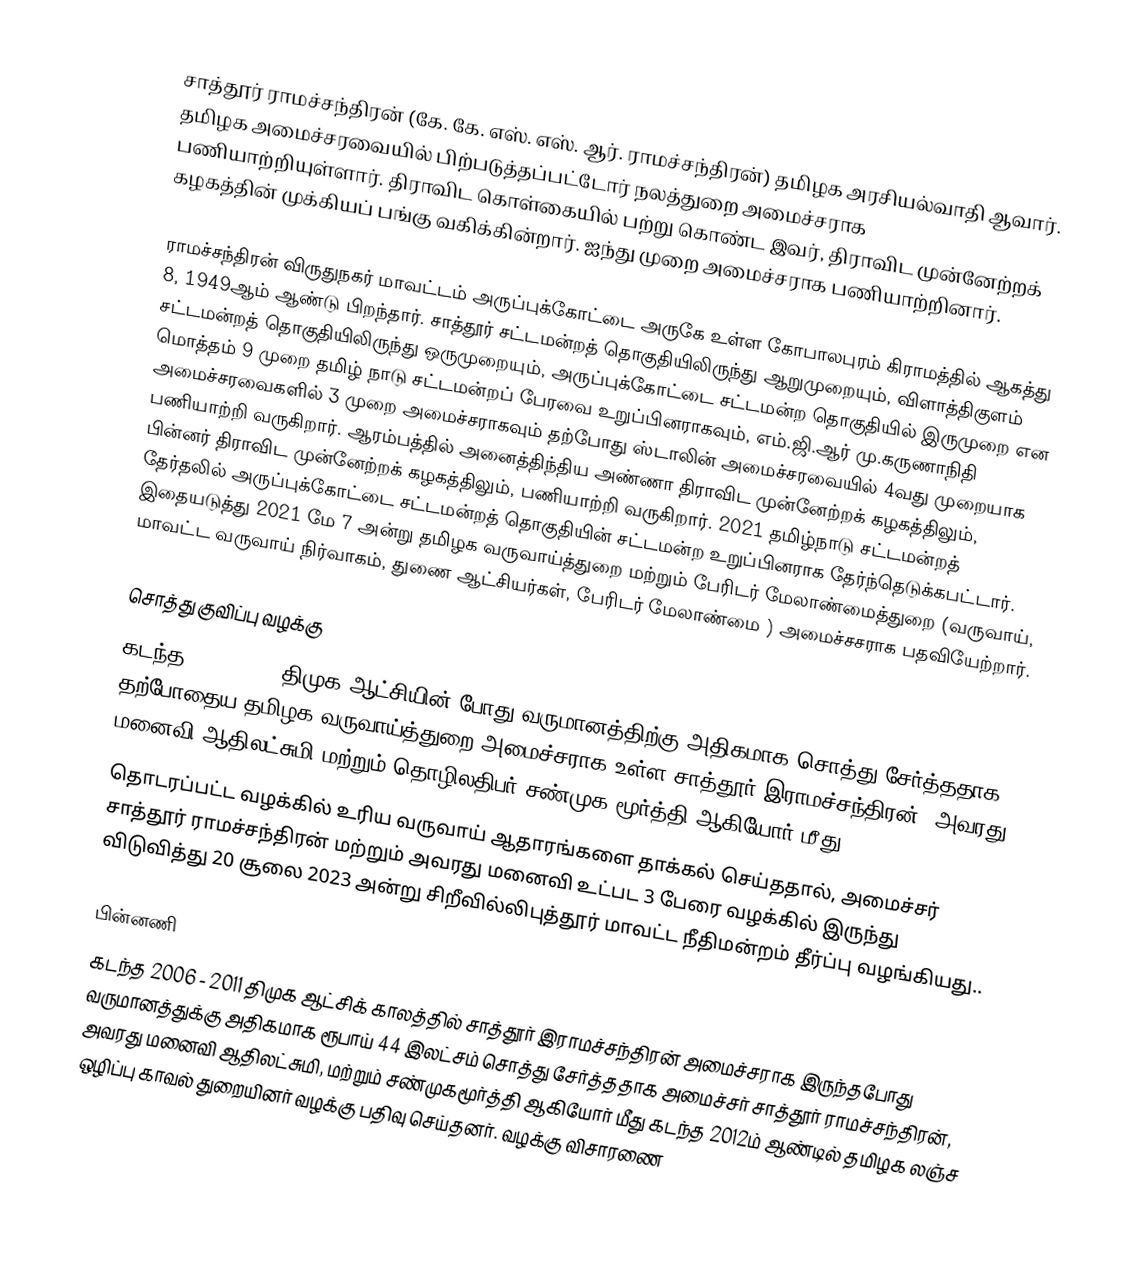
சாத்தூர் ராமச்சந்திரன் (கே. கே. எஸ். எஸ். ஆர். ராமச்சந்திரன்) தமிழக அரசியல்வாதி ஆவார். தமிழக அமைச்சரவையில் பிற்படுத்தப்பட்டோர் நலத்துறை அமைச்சராக பணியாற்றியுள்ளார். திராவிட கொள்கையில் பற்று கொண்ட இவர், திராவிட முன்னேற்றக் கழகத்தின் முக்கியப் பங்கு வகிக்கின்றார். ஐந்து முறை அமைச்சராக பணியாற்றினார்.

ராமச்சந்திரன் விருதுநகர் மாவட்டம் அருப்புக்கோட்டை அருகே உள்ள கோபாலபுரம் கிராமத்தில் ஆகத்து 8, 1949ஆம் ஆண்டு  பிறந்தார்.  சாத்தூர் சட்டமன்றத் தொகுதியிலிருந்து ஆறுமுறையும், விளாத்திகுளம் சட்டமன்றத் தொகுதியிலிருந்து ஒருமுறையும், அருப்புக்கோட்டை சட்டமன்ற தொகுதியில் இருமுறை என  மொத்தம் 9 முறை தமிழ் நாடு சட்டமன்றப் பேரவை உறுப்பினராகவும், எம்.ஜி.ஆர் மு.கருணாநிதி அமைச்சரவைகளில்  3 முறை  அமைச்சராகவும் தற்போது ஸ்டாலின் அமைச்சரவையில் 4வது முறையாக  பணியாற்றி வருகிறார். ஆரம்பத்தில் அனைத்திந்திய அண்ணா திராவிட முன்னேற்றக் கழகத்திலும், பின்னர்  திராவிட முன்னேற்றக் கழகத்திலும், பணியாற்றி வருகிறார். 2021 தமிழ்நாடு சட்டமன்றத் தேர்தலில் அருப்புக்கோட்டை சட்டமன்றத் தொகுதியின் சட்டமன்ற உறுப்பினராக  தேர்ந்தெடுக்கபட்டார். இதையடுத்து 2021 மே 7 அன்று தமிழக வருவாய்த்துறை மற்றும் பேரிடர் மேலாண்மைத்துறை (வருவாய், மாவட்ட வருவாய் நிர்வாகம், துணை ஆட்சியர்கள், பேரிடர் மேலாண்மை ) அமைச்சசராக பதவியேற்றார்.

சொத்து குவிப்பு வழக்கு
கடந்த 2006- 2011 திமுக ஆட்சியின் போது வருமானத்திற்கு அதிகமாக சொத்து சேர்த்ததாக தற்போதைய தமிழக வருவாய்த்துறை அமைச்சராக உள்ள சாத்தூர் இராமச்சந்திரன், அவரது மனைவி ஆதிலட்சுமி மற்றும் தொழிலதிபர் சண்முக மூர்த்தி ஆகியோர் மீது
தொடரப்பட்ட வழக்கில் உரிய வருவாய் ஆதாரங்களை தாக்கல் செய்ததால், அமைச்சர் சாத்தூர் ராமச்சந்திரன் மற்றும் அவரது மனைவி உட்பட 3 பேரை வழக்கில் இருந்து விடுவித்து 20 சூலை 2023 அன்று சிறீவில்லிபுத்தூர் மாவட்ட நீதிமன்றம் தீர்ப்பு வழங்கியது..

பின்னணி
கடந்த 2006 - 2011 திமுக ஆட்சிக் காலத்தில் சாத்தூர் இராமச்சந்திரன் அமைச்சராக இருந்தபோது வருமானத்துக்கு அதிகமாக ரூபாய் 44 இலட்சம் சொத்து சேர்த்ததாக அமைச்சர் சாத்தூர் ராமச்சந்திரன், அவரது மனைவி ஆதிலட்சுமி, மற்றும் சண்முகமூர்த்தி ஆகியோர் மீது கடந்த 2012ம் ஆண்டில் தமிழக லஞ்ச ஒழிப்பு காவல் துறையினர் வழக்கு பதிவு செய்தனர். வழக்கு விசாரணை